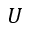
U